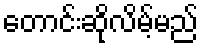
တောင်းဆိုလိမ့်မည်